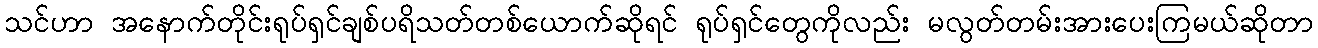
သင်ဟာ အနောက်တိုင်းရုပ်ရှင်ချစ်ပရိသတ်တစ်ယောက်ဆိုရင် ရုပ်ရှင်တွေကိုလည်း မလွတ်တမ်းအားပေးကြမယ်ဆိုတာ